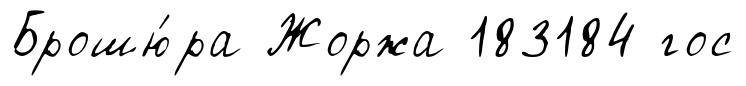
Брошю́ра Жоржа 183184 гос